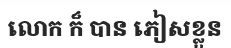
លោក ក៏ បាន ភៀសខ្លួន